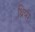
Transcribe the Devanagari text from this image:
थ्रिप्‍स